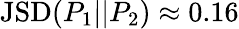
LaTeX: \mathrm{JSD}(P_{1}||P_{2})\approx 0.16